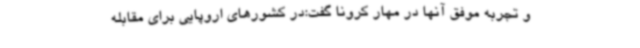
و تجربه موفق آنها در مهار کرونا گفت:در کشورهای اروپایی برای مقابله